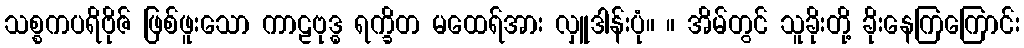
သစ္စကပရိဗိုဇ် ဖြစ်ဖူးသော ကာဠဗုဒ္ဓ ရက္ခိတ မထေရ်အား လှူဒါန်းပုံ။ ။ အိမ်တွင် သူခိုးတို့ ခိုးနေကြကြောင်း